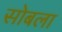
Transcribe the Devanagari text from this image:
सोबला